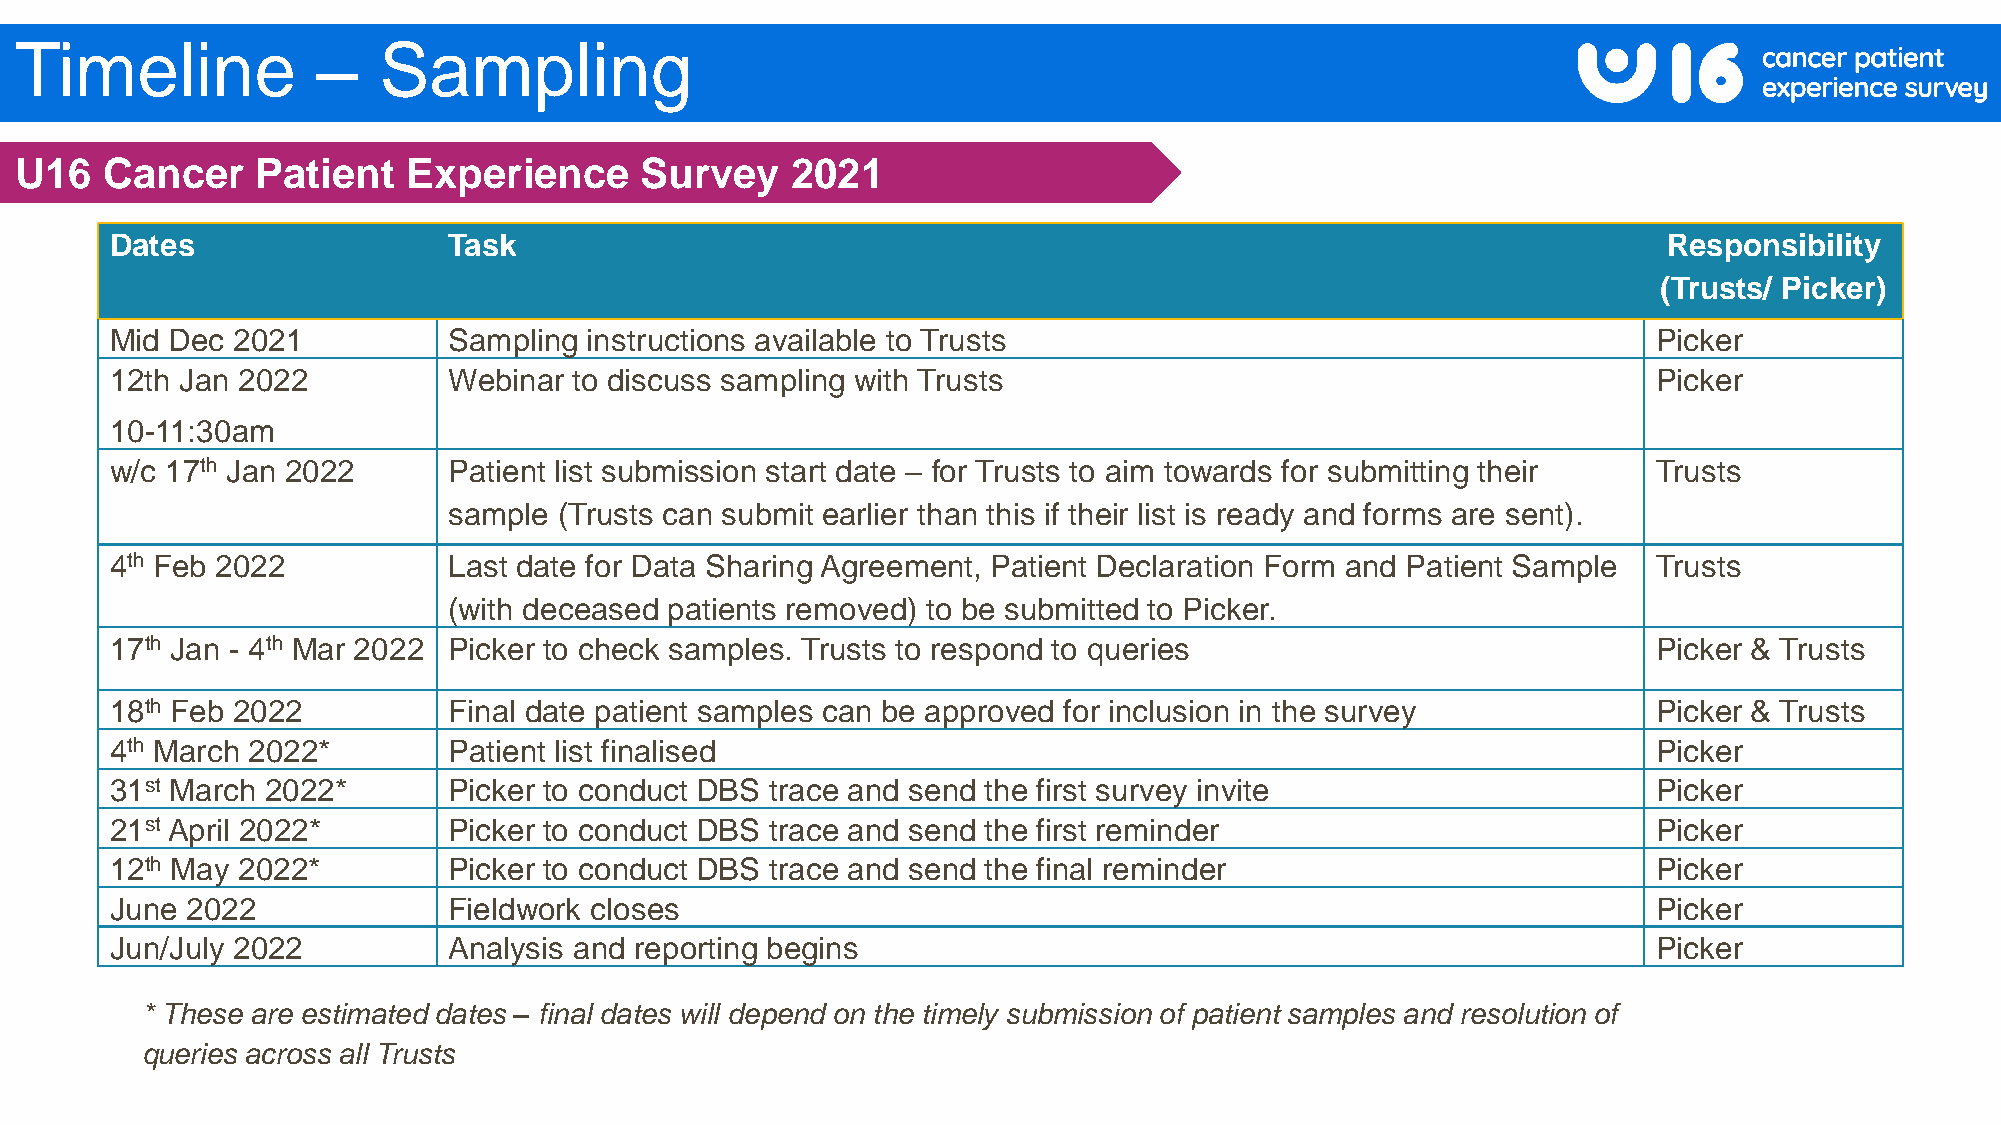
Timeline            –   Sampling
 U16   Cancer    Patient   Experience     Survey    2021
 Dates                  Task                                                                            Responsibility
 (Trusts/ Picker)
 Mid Dec 2021           Sampling instructions available to Trusts                                       Picker
 12th Jan 2022          Webinar to discuss sampling with Trusts                                         Picker
 10-11:30am
 w/c 17th Jan 2022      Patient list submission start date – for Trusts to aim towards for submitting their Trusts
 sample (Trusts can submit earlier than this if their list is ready and forms are sent).
 4th Feb 2022           Last date for Data Sharing Agreement, Patient Declaration Form and Patient Sample Trusts
 (with deceased patients removed) to be submitted to Picker.
 17th Jan - 4th Mar 2022 Picker to check samples. Trusts to respond to queries                          Picker & Trusts
 18th Feb 2022          Final date patient samples can be approved for inclusion in the survey          Picker & Trusts
 4th March 2022*        Patient list finalised                                                          Picker
 31st March 2022*       Picker to conduct DBS trace and send the first survey invite                    Picker
 21st April 2022*       Picker to conduct DBS trace and send the first reminder                         Picker
 12th May 2022*         Picker to conduct DBS trace and send the final reminder                         Picker
 June 2022              Fieldwork closes                                                                Picker
 Jun/July 2022          Analysis and reporting begins                                                   Picker
 * These are estimated dates – final dates will depend on the timely submission of patient samples and resolution of
 queries across all Trusts